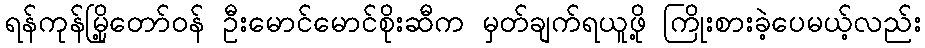
ရန်ကုန်မြို့တော်ဝန် ဦးမောင်မောင်စိုးဆီက မှတ်ချက်ရယူဖို့ ကြိုးစားခဲ့ပေမယ့်လည်း